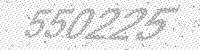
Solution: 550225